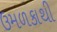
ઉમળકાથી